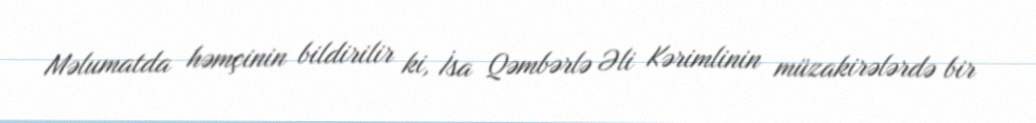
Məlumatda həmçinin bildirilir ki, İsa Qəmbərlə Əli Kərimlinin müzakirələrdə bir